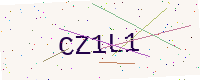
Text: CZ1L1